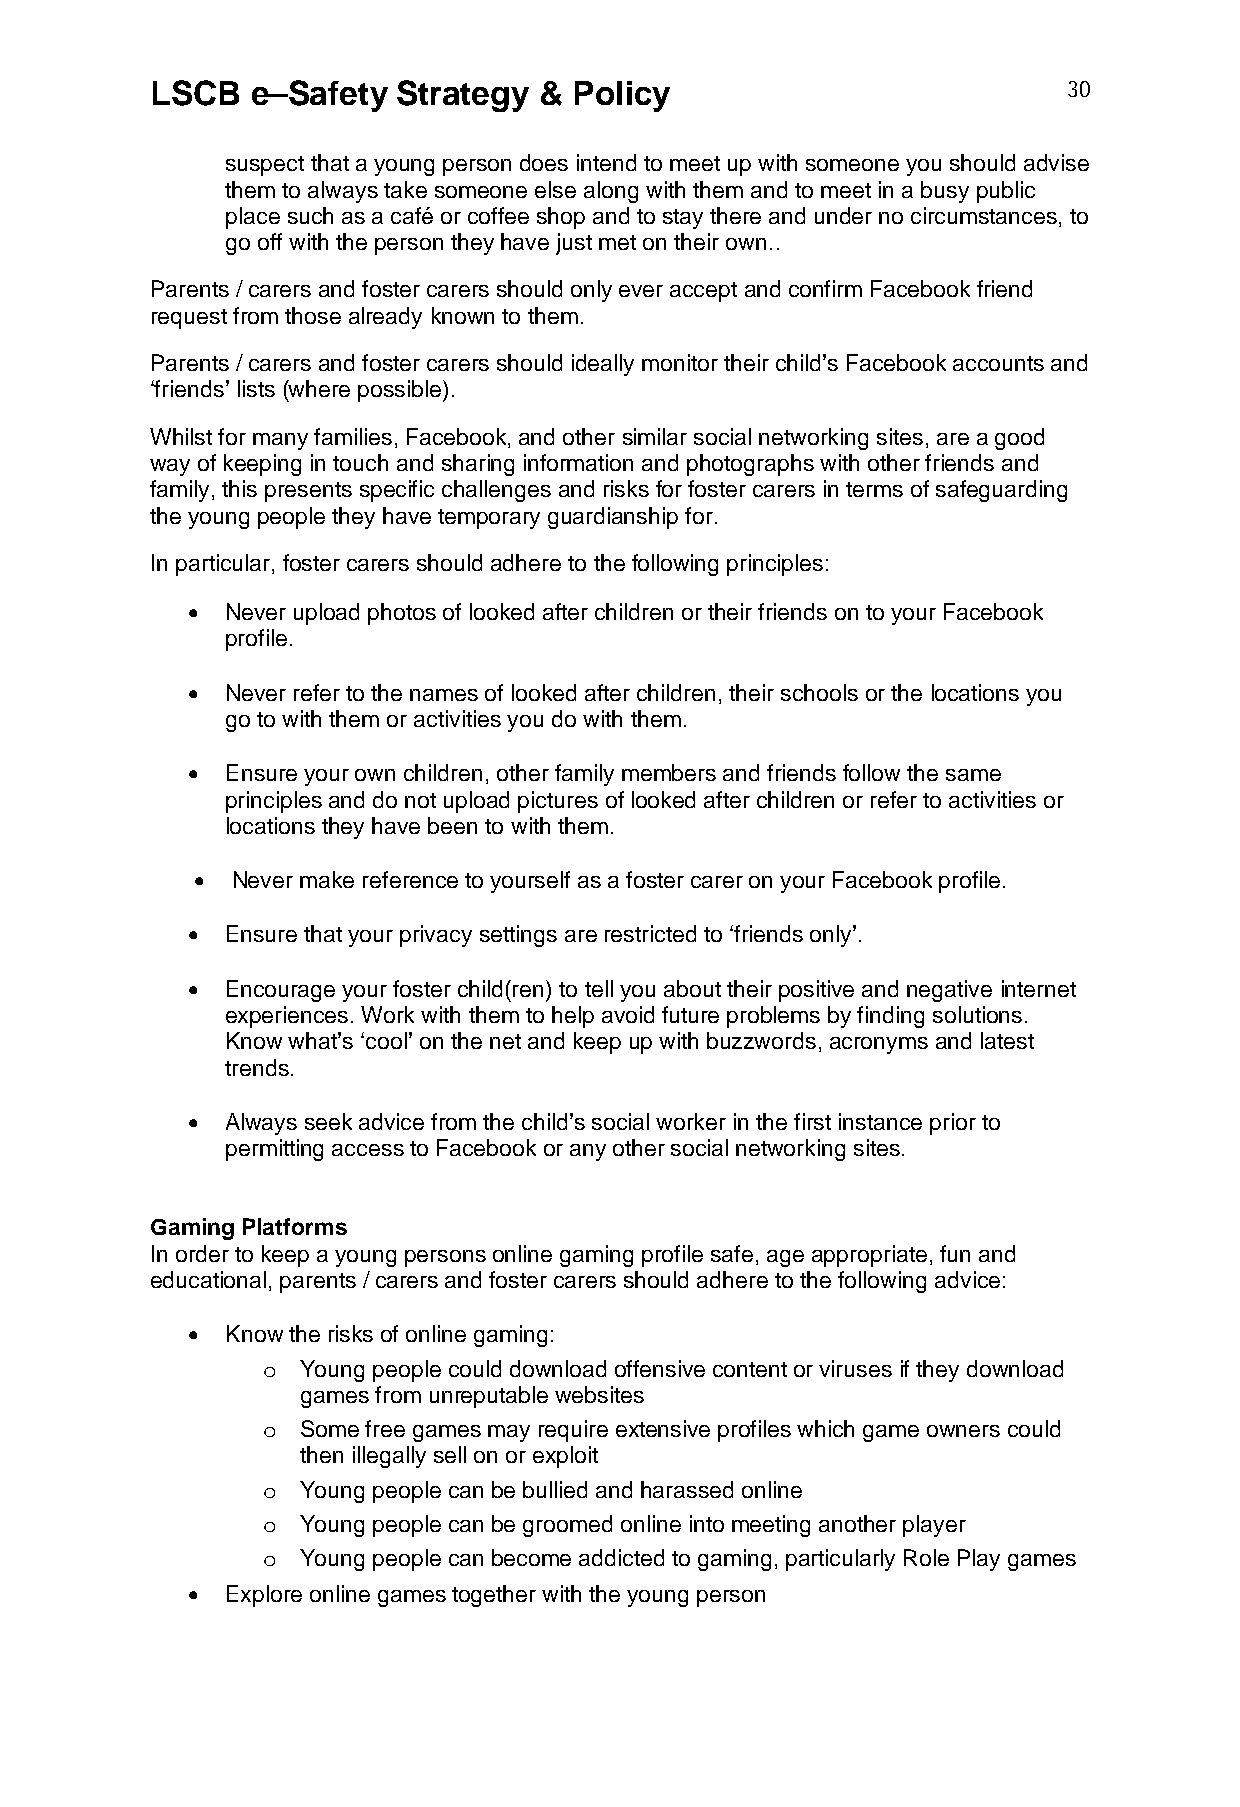
LSCB   e–Safety Strategy  & Policy                           30
 suspect that a young person does intend to meet up with someone you should advise
 them to always take someone else along with them and to meet in a busy public
 place such as a café or coffee shop and to stay there and under no circumstances, to
 go off with the person they have just met on their own..
 Parents / carers and foster carers should only ever accept and confirm Facebook friend
 request from those already known to them.
 Parents / carers and foster carers should ideally monitor their child’s Facebook accounts and
 ‘friends’ lists (where possible).
 Whilst for many families, Facebook, and other similar social networking sites, are a good
 way of keeping in touch and sharing information and photographs with other friends and
 family, this presents specific challenges and risks for foster carers in terms of safeguarding
 the young people they have temporary guardianship for.
 In particular, foster carers should adhere to the following principles:
   Never upload photos of looked after children or their friends on to your Facebook
 profile.
   Never refer to the names of looked after children, their schools or the locations you
 go to with them or activities you do with them.
   Ensure your own children, other family members and friends follow the same
 principles and do not upload pictures of looked after children or refer to activities or
 locations they have been to with them.
  Never make reference to yourself as a foster carer on your Facebook profile.
   Ensure that your privacy settings are restricted to ‘friends only’.
   Encourage your foster child(ren) to tell you about their positive and negative internet
 experiences. Work with them to help avoid future problems by finding solutions.
 Know what’s ‘cool’ on the net and keep up with buzzwords, acronyms and latest
 trends.
   Always seek advice from the child’s social worker in the first instance prior to
 permitting access to Facebook or any other social networking sites.
 Gaming Platforms
 In order to keep a young persons online gaming profile safe, age appropriate, fun and
 educational, parents / carers and foster carers should adhere to the following advice:
   Know the risks of online gaming:
 o  Young people could download offensive content or viruses if they download
 games from unreputable websites
 o  Some free games may require extensive profiles which game owners could
 then illegally sell on or exploit
 o  Young people can be bullied and harassed online
 o  Young people can be groomed online into meeting another player
 o  Young people can become addicted to gaming, particularly Role Play games
   Explore online games together with the young person